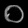
Digit: ၀